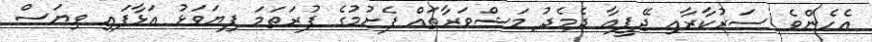
އެހެންވެ ސަރުކާރާއި ޖޭޕީއާ ދެމެދު މަޝްވަރާތައް ފެށުމުގެ ފުރަތަމަ ފިޔަވަޅު އަޅާފައި ވިޔަސް